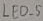
Text: LED_5